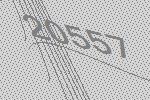
20557